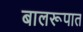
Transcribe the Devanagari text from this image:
बालरूपात